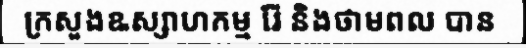
ក្រសួងឩស្សាហកម្ម រ៉ែ និងថាមពល បាន